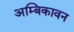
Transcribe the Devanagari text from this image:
अम्बिकावन